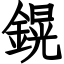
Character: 鎤